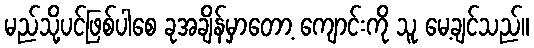
မည်သို့ပင်ဖြစ်ပါစေ ခုအချိန်မှာတော့ ကျောင်းကို သူ မေ့ချင်သည်။